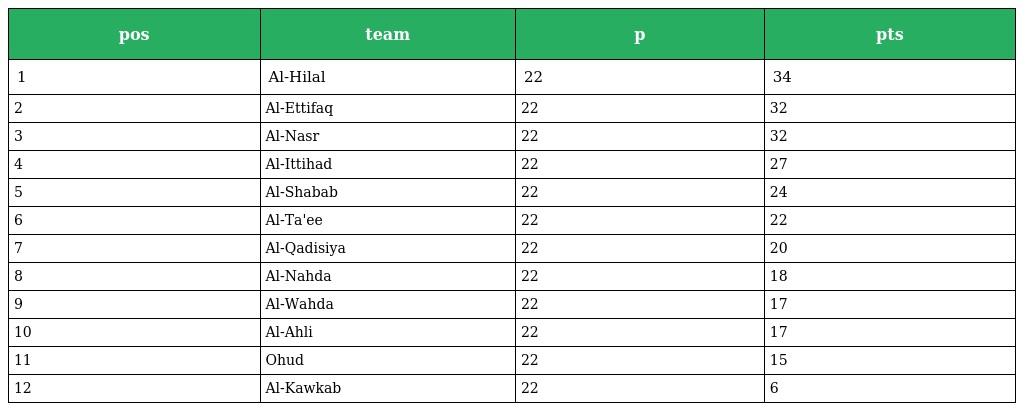
| pos | team | p | pts |
 | --- | --- | --- | --- |
 | 1 | Al-Hilal | 22 | 34 |
 | 2 | Al-Ettifaq | 22 | 32 |
 | 3 | Al-Nasr | 22 | 32 |
 | 4 | Al-Ittihad | 22 | 27 |
 | 5 | Al-Shabab | 22 | 24 |
 | 6 | Al-Ta'ee | 22 | 22 |
 | 7 | Al-Qadisiya | 22 | 20 |
 | 8 | Al-Nahda | 22 | 18 |
 | 9 | Al-Wahda | 22 | 17 |
 | 10 | Al-Ahli | 22 | 17 |
 | 11 | Ohud | 22 | 15 |
 | 12 | Al-Kawkab | 22 | 6 |